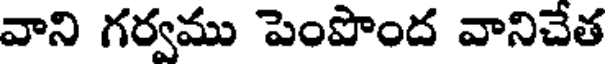
వాని గర్వము పెంపొంద వానిచేత